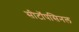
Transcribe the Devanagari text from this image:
सीटॉपसिनल